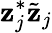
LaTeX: \mathbf{z}_{j}^{*}\tilde{{\mathbf{z}}}_{j}